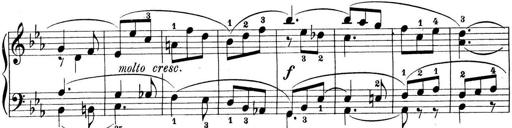
Title: Preis-Sonatine
Composer: Ernst James Bremner